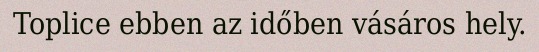
Toplice ebben az időben vásáros hely.